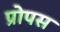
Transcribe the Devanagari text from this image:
प्रोपस